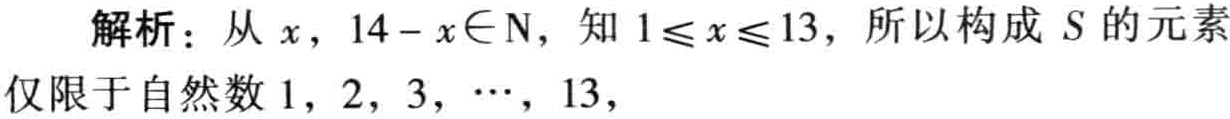
解析：从\(x\)，\(14 - x\in \mathrm{N}\)，知\(1\leqslant x\leqslant 13\)，所以构成\(S\)的元素仅限于自然数\(1,2,3,\cdots,13\)，